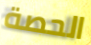
الحصة